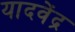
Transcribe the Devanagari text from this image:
यादवेंद्र